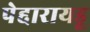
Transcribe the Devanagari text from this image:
पेद्दारायडू